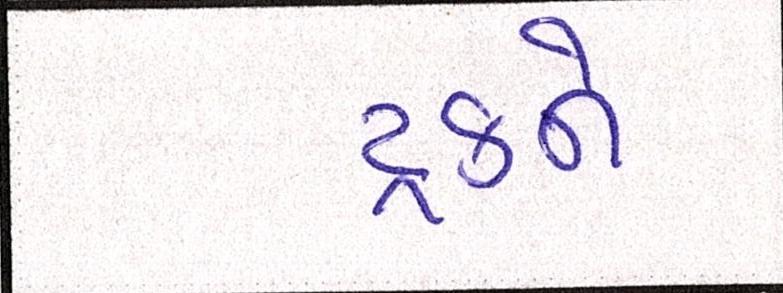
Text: ટ્રકને